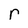
Character: r